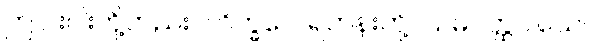
ဤငါးပါးတို့တည်း။ ဘိက္ခဝေ၊ ရဟန်းတို့။ သမဝတ္ထဝါသေ၊